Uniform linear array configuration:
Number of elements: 32
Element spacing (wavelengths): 0.75
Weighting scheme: blackman
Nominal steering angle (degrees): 0
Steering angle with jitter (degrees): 1.366
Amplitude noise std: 0.05
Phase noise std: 0.05

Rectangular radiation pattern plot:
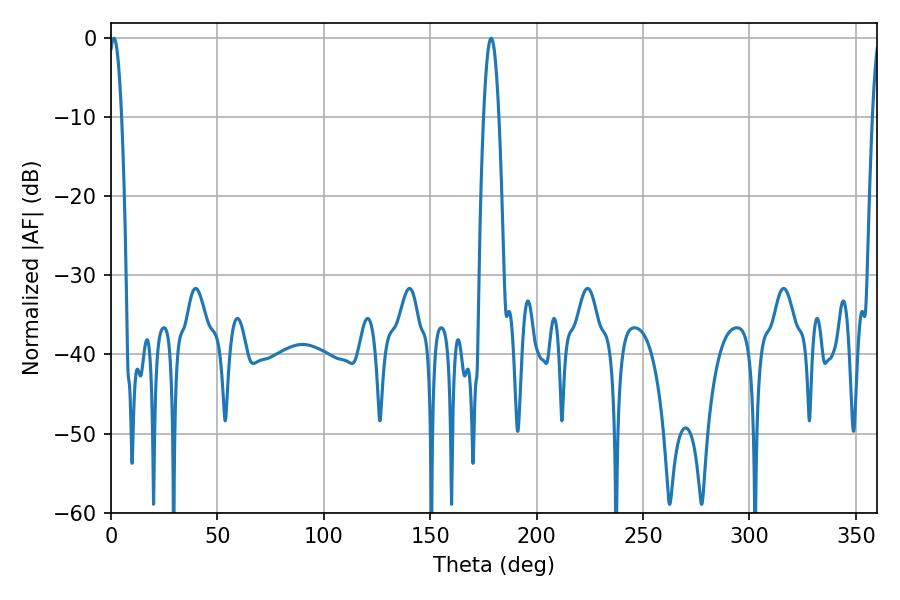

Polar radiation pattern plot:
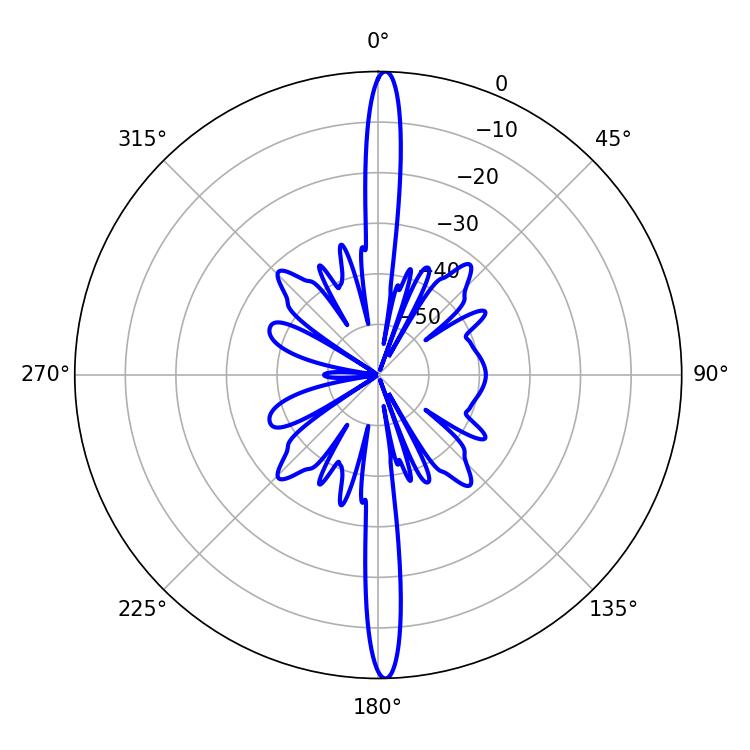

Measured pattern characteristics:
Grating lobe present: TRUE
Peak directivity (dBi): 27.502
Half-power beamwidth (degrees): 3.24
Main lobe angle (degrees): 1.44